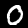
Label: 0